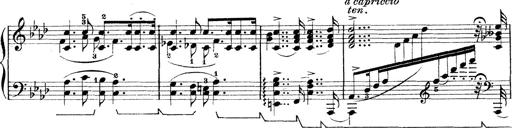
Title: Rapsodie: 19 ungheresi, 1 spagnuola
Composer: Franz Liszt